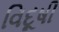
વિદૂષી